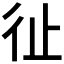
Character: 𢓊